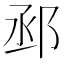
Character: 𨚱